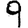
Digit: 9